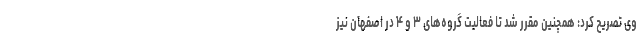
وی تصریح کرد: همچنین مقرر شد تا فعالیت‌ گروه‌های ۳ و ۴ در اصفهان نیز